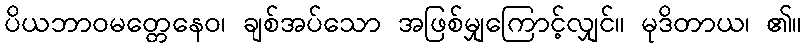
ပိယဘာဝမတ္တေနေဝ၊ ချစ်အပ်သော အဖြစ်မျှကြောင့်လျှင်။ မုဒိတာယ၊ ၏။